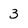
Character: 3